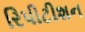
રિપીટીશન